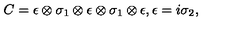
C = \epsilon \otimes \sigma _ { 1 } \otimes \epsilon \otimes \sigma _ { 1 } \otimes \epsilon , \epsilon = i \sigma _ { 2 } ,